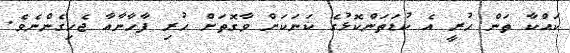
ކައްކާ ތަން ހުރީ އެ ކުޑަތަންކޮޅުގެ ކަނަކަށް ވާގޮތަށް ހުރި ފާހާނާއާ ޖެހިގެންނެވެ.